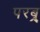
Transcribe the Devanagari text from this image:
परब्र्